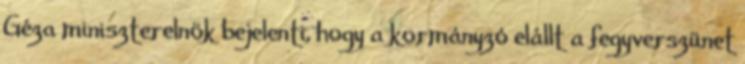
Géza miniszterelnök bejelenti, hogy a kormányzó elállt a fegyverszünet